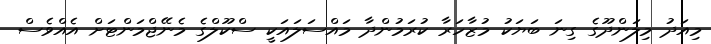
މިއަދު މިލަންދޫގެ ގިނަ ބަޔަކު މުޒާހަރާ ކުރަމުންދާ މައްސަލައަކީ ސްކޫލްގެ މެނޭޖްމަންޓަށް އެއްވެސް